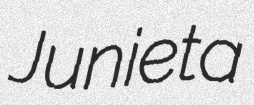
Junieta